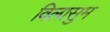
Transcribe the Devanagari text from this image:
विलासुम